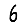
Digit: 6